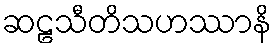
ဆဠသီတိသဟဿာနိ